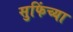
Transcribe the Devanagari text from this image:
सुफिंच्या